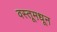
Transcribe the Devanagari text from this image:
वस्तूमधून